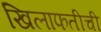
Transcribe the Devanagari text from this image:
खिलाफतीची